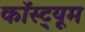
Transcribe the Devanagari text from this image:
कॉस्ट़्यूम